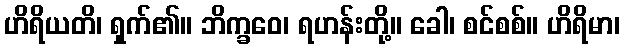
ဟိရိယတိ၊ ရှက်၏။ ဘိက္ခဝေ၊ ရဟန်းတို့။ ခေါ၊ စင်စစ်။ ဟိရိမာ၊